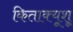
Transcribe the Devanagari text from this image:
किताक्यूशू